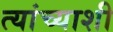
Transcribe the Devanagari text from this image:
त्‍यांच्‍याशी